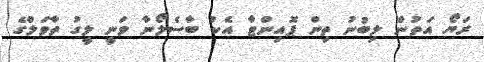
ރަޔޯ އަތުން ލިބުނު ތިން ޕޮއިންޓާ އެކު ބާސެލޯނާ ވަނީ ލީގު ތާވަލްގެ